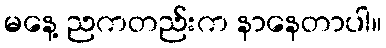
မနေ့ ညကတည်းက နာနေတာပါ။